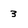
Character: 3